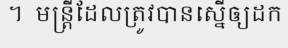
។  មន្ត្រីដែលត្រូវបានស្នើឲ្យដក